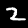
Digit: 2